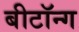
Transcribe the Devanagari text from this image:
बीटॉन्ग